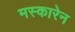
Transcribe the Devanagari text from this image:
मस्कारेन